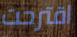
اقترحت